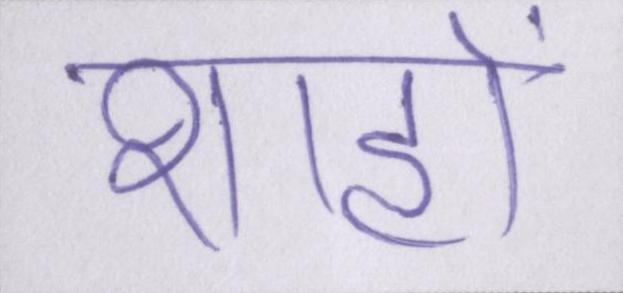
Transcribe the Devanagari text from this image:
शाहों